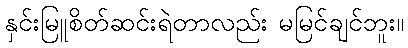
နှင်းမြူစိတ်ဆင်းရဲတာလည်း မမြင်ချင်ဘူး။